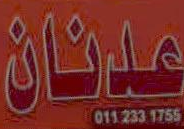
علينان